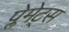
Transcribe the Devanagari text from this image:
प्लेमेट्स